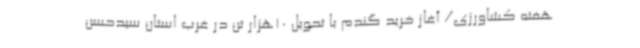
هفته کشاورزی/ آغاز خرید گندم با تحویل 10هزار تن در غرب استان سیدحسن